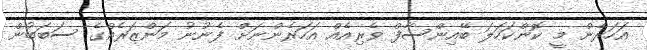
އަހަރެން މީ ކޮންކަހަލަ ބޭއިންސާފް ވެރިއެއް އަހަރެންނަށް ފެނުނު މަންޒަރެއްގެ ސަބަބުން